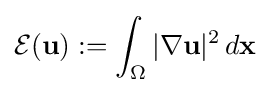
{\mathcal {E}}({\bf {u}}):=\int _{\Omega }|\nabla \mathbf {u} |^{2}\,d\mathbf {x}